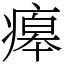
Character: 㿁